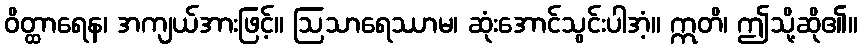
ဝိတ္ထာရေန၊ အကျယ်အားဖြင့်။ ဩသာရေဿာမ၊ ဆုံးအောင်သွင်းပါအံ့။ ဣတိ၊ ဤသို့ဆို၏။